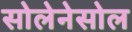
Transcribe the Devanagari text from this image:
सोलेनेसोल